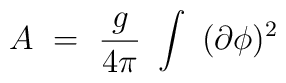
A~=~{g\over 4\pi}~ \int ~ (\partial\phi)^2